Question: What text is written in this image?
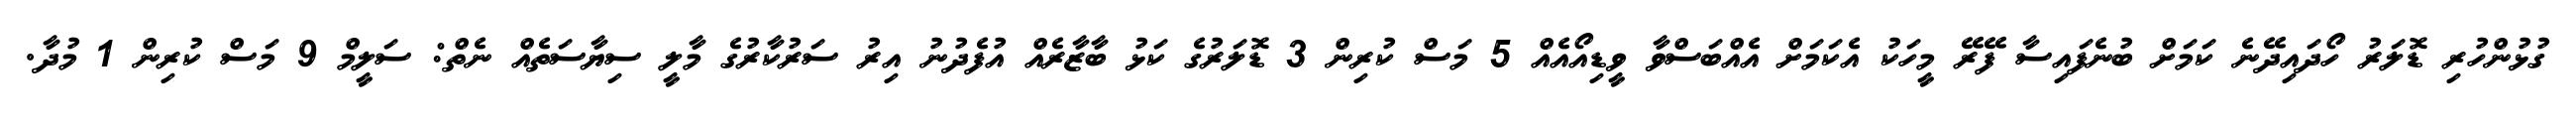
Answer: ގުޅުންހުރި ޑޮލަރު ހޯދައިދޭނެ ކަމަށް ބުނެފައިސާ ފޭރޭ މީހަކު އެކަމަށް އެއްބަސްވާ ވީޑިއޯއެއް 5 މަސް ކުރިން 3 ޑޮލަރުގެ ކަޅު ބާޒާރެއް އުފެދުނު އިރު ސަރުކާރުގެ މާލީ ސިޔާސަތެއް ނެތް: ސަލީމް 9 މަސް ކުރިން 1 މުދާ.